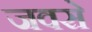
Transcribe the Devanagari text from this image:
जवसे